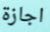
اجازة